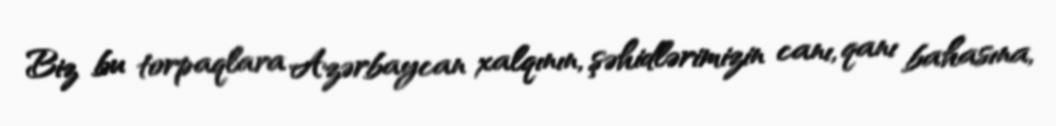
Biz bu torpaqlara Azərbaycan xalqının, şəhidlərimizin canı, qanı bahasına,